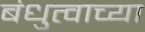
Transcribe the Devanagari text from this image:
बंधुत्वाच्या